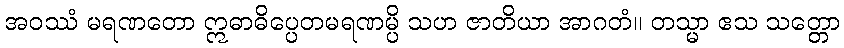
အဝဿံ မရဏတော ဣဓာဓိပ္ပေတမရဏမ္ပိ သဟ ဇာတိယာ အာဂတံ။ တသ္မာ ဧသ သတ္တော